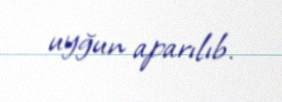
uyğun aparılıb.